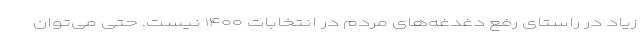
زیاد در راستای رفع دغدغه‌های مردم در انتخابات ۱۴۰۰ نیست. حتی می‌توان